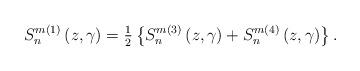
LaTeX: \begin{align*}S_{n}^{m\left( 1\right) }\left( {z,\gamma}\right) ={\tfrac{1}{2}}\left\{{S_{n}^{m\left( 3\right) }\left( {z,\gamma}\right) +S_{n}^{m\left(4\right) }\left( {z,\gamma}\right) }\right\} . \end{align*}